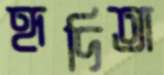
হৃদিতা